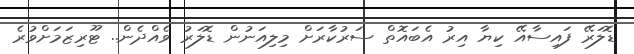
ޑޮލަރޭ ފައިސާއޭ ކިޔާ އިރު އެބައޮތް ސަރުކާރަށް މިލިއަނުން ޑޮލަރު ވެއްދެން.. ޓޫރިޒަމަށްވުރެ